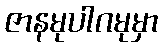
ဇာနမုပါဂမုမှာ